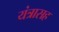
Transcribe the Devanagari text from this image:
यंत्रासह